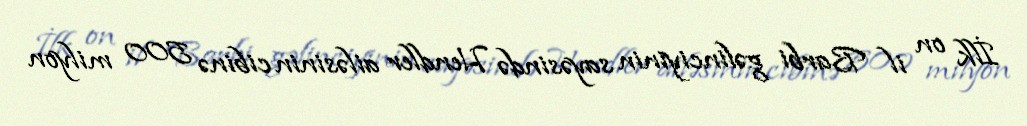
İlk on il Barbi gəlinciyinin sayəsində Hendler ailəsinin cibinə 500 milyon